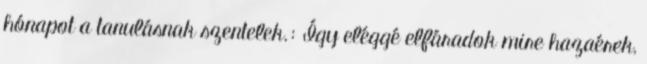
hónapot a tanulásnak szentelek.: Így eléggé elfáradok mire hazaérek,